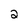
Character: 2